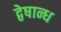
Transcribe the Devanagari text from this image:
द्वेषान्ध